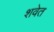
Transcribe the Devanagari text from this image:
शवेत